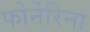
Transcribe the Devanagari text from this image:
फोर्नेरिना